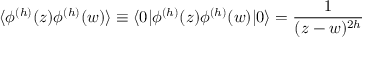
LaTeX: \langle \phi ^ { ( h ) } ( z ) \phi ^ { ( h ) } ( w ) \rangle \equiv \langle 0 | \phi ^ { ( h ) } ( z ) \phi ^ { ( h ) } ( w ) | 0 \rangle = \frac { 1 } { ( z - w ) ^ { 2 h } }